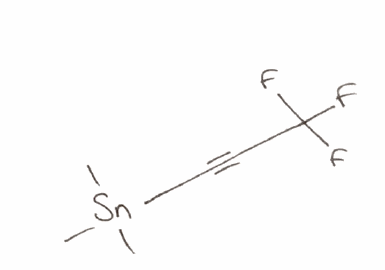
Simplified molecular-input line-entry system (SMILES) notation of the given molecule:
C[Sn](C)(C)C#CC(F)(F)F